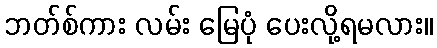
ဘတ်စ်ကား လမ်း မြေပုံ ပေးလို့ရမလား။